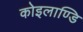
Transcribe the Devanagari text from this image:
कोइलाण्डि